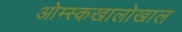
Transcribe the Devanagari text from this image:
ओम्स्कखालोखाल